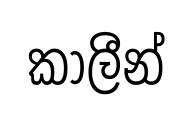
කාලීන්